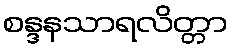
စန္ဒနသာရလိတ္တာ